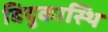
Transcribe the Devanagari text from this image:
विदुकास्थि